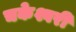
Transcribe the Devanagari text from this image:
चकेश्वरी